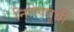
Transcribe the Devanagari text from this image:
निमेषपूर्वी